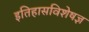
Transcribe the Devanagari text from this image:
इतिहासविशेषज्ञ